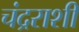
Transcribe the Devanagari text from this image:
चंद्रराशी